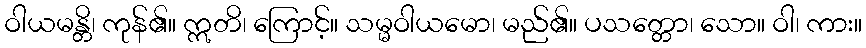
ဝါယမန္တိ၊ ကုန်၏။ ဣတိ၊ ကြောင့်။ သမ္မဝါယမော၊ မည်၏။ ပသတ္တော၊ သော။ ဝါ၊ ကား။